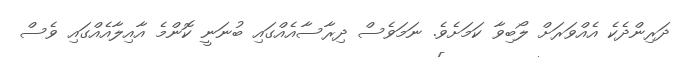
ދަރިންދެކެ އެއްވަރަށް ލޯބިވާ ކަމަށެވެ. ނަމަވެސް ދިރާސާއެއްގައި ބުނަނީ ކޮންމެ އާއިލާއެއްގައި ވެސް